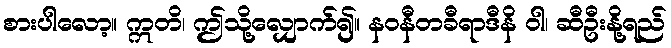
စားပါလော့။ ဣတိ၊ ဤသို့လျှောက်၍။ နဝနီတခီရာဒီနိ ဝါ၊ ဆီဦးနို့ရည်